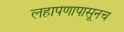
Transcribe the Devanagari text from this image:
लहापणापासूनच